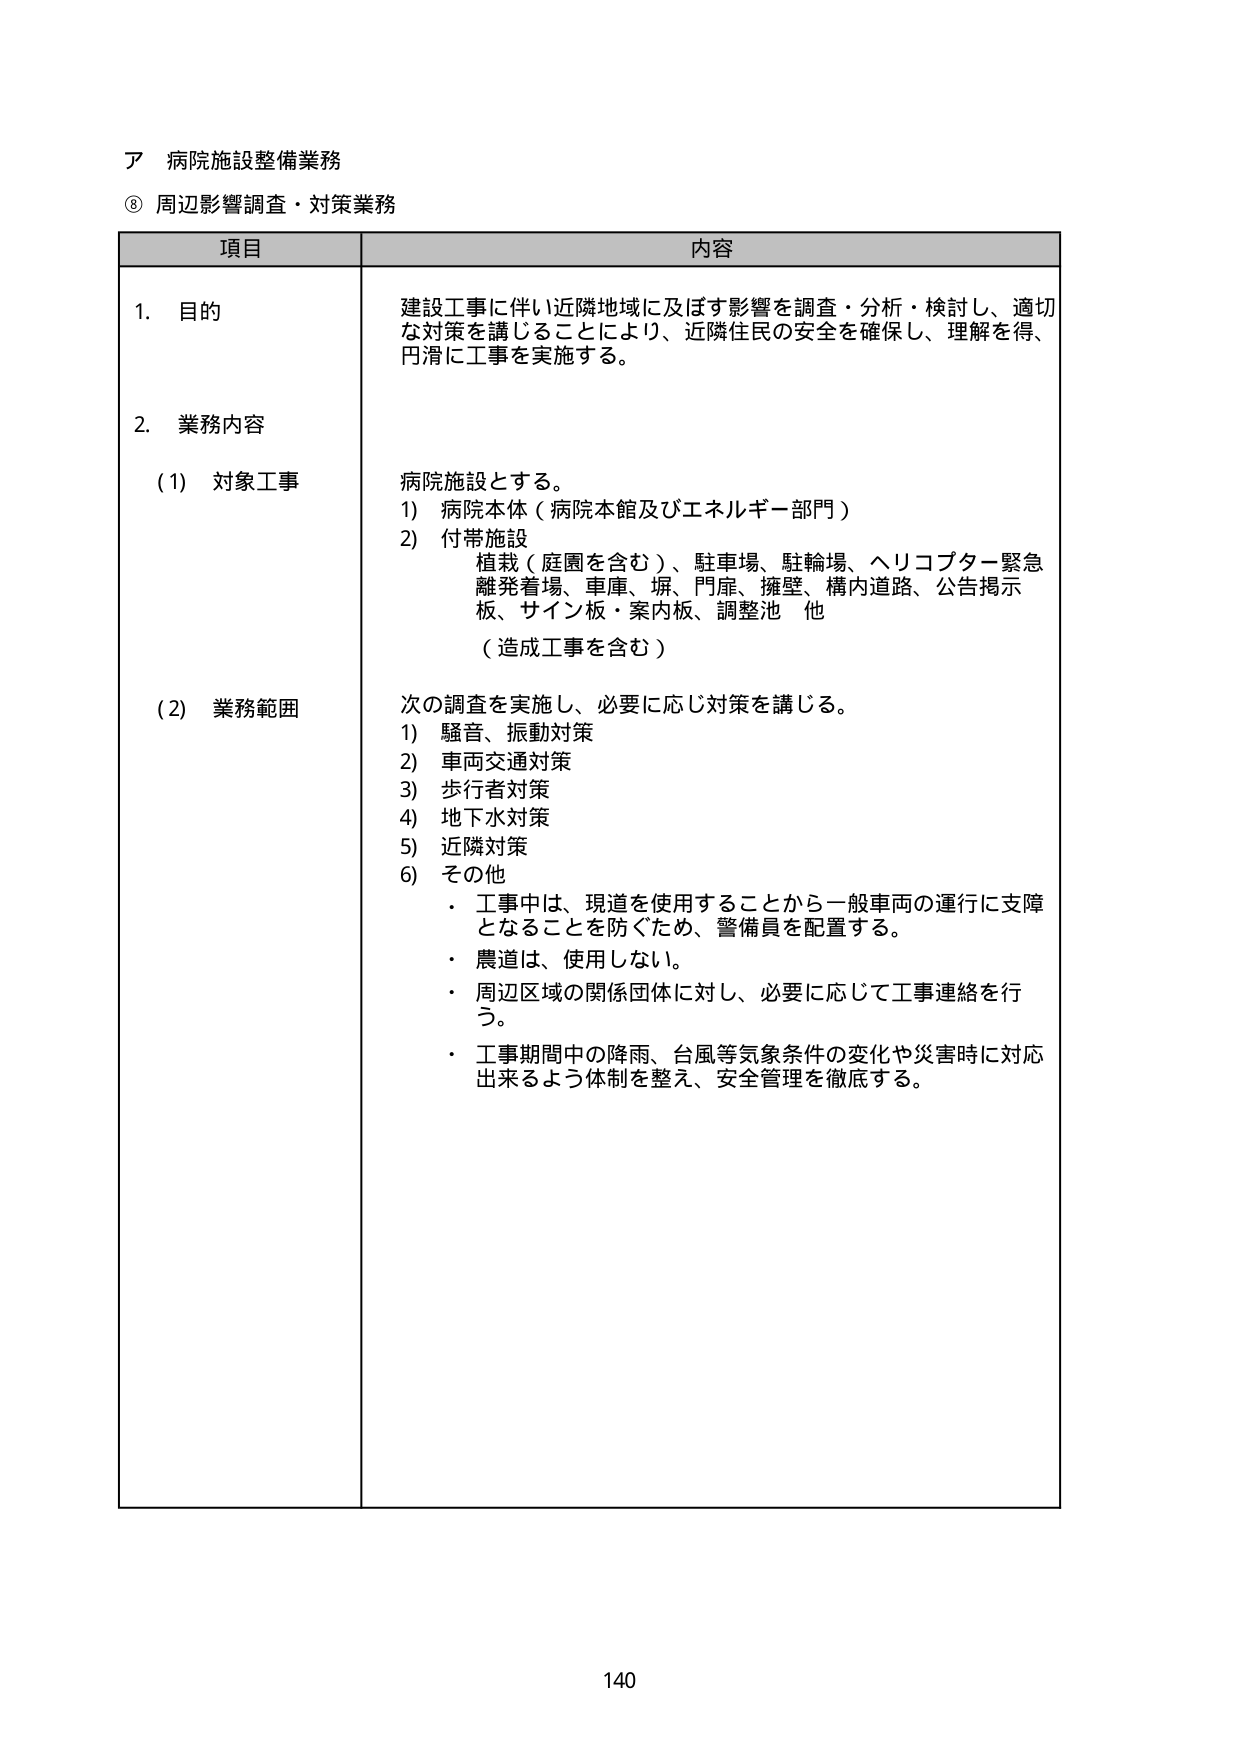
ア 病院施設整備業務
⑧ 周辺影響調査・対策業務

項目 内容

1. 目的
建設工事に伴い近隣地域に及ぼす影響を調査・分析・検討し、適切な対策を講じることにより、近隣住民の安全を確保し、理解を得、円滑に工事を実施する。

2. 業務内容
(1) 対象工事
病院施設とする。
1) 病院本体（病院本館及びエネルギー部門）
2) 付帯施設
植栽（庭園を含む）、駐車場、駐輪場、ヘリコプター緊急離発着場、車庫、塀、門扉、擁壁、構内道路、公告掲示板、サイン板・案内板、調整池 他
（造成工事を含む）

(2) 業務範囲
次の調査を実施し、必要に応じ対策を講じる。
1) 騒音、振動対策
2) 車両交通対策
3) 歩行者対策
4) 地下水対策
5) 近隣対策
6) その他
・ 工事中は、現道を使用することから一般車両の運行に支障となることを防ぐため、警備員を配置する。
・ 農道は、使用しない。
・ 周辺区域の関係団体に対し、必要に応じて工事連絡を行う。
・ 工事期間中の降雨、台風等気象条件の変化や災害時に対応出来るよう体制を整え、安全管理を徹底する。

140